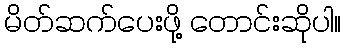
မိတ်ဆက်ပေးဖို့ တောင်းဆိုပါ။